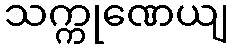
သက္ကုဏေယျ